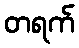
တရက်